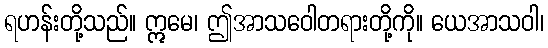
ရဟန်းတို့သည်။ ဣမေ၊ ဤအာသဝေါတရားတို့ကို။ ယေအာသဝါ၊